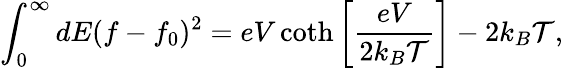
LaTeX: \int_{0}^{\infty}dE(f-f_{0})^{2}=eV\coth\left[\frac{eV}{2k_{B}\mathcal{T}}\right]-2k_{B}\mathcal{T},